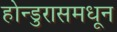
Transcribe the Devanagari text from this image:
होन्डुरासमधून